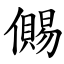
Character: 儩